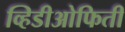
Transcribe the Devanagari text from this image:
व्हिडीओफिती